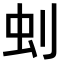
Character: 𠛿